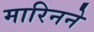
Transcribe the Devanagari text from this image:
मारिनने